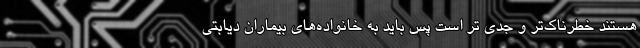
هستند خطرناک‌تر و جدی تر است پس باید به خانواده‌های بیماران دیابتی